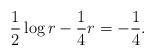
LaTeX: \begin{align*}\frac{1}{2}\log r-\frac{1}{4} r=-\frac{1}{4}.\end{align*}